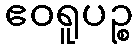
ဧဝရူပဉ္စ